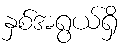
နှစ်အရွယ်ရှိ